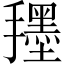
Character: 𭣀